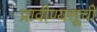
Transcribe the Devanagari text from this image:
प्रावीण्यसूची